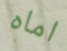
اماه